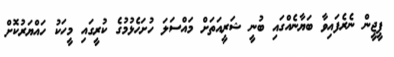
ޕީޖީން ނެރެފައިވާ ބަޔާނެއްގައި ބުނީ ޝަރީއަތަށް މައްސަލަ ހުށަހެޅުމުގެ ކުރީގައި މީހަކު ހައްޔަރުކޮށް